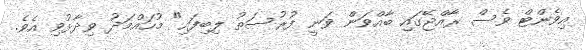
އިވެންޓް ވެސް ރާއްޖޭގައި ބާއްވަން ވަނީ ފުރުސަތު ލިބިފައި" މުހައްމަދު ވިދާޅުވި އެވެ.